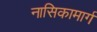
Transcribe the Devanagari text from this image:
नासिकामार्ग